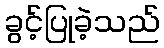
ခွင့်ပြုခဲ့သည်